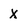
Character: X